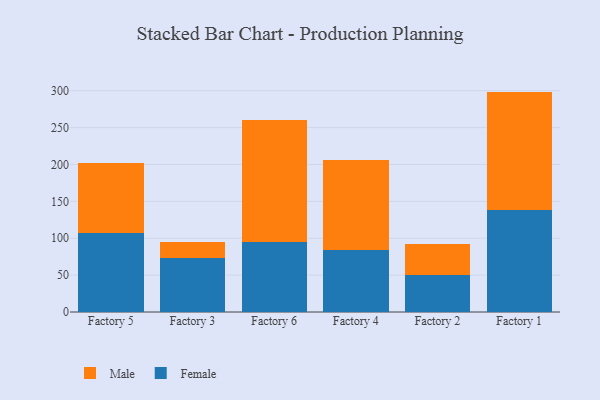
{"axis": {"x": "Factory", "y": "Backlog"}, "legend": ["Female", "Male"], "data": [{"x": "Factory 5", "y": 106.5, "type": "Female"}, {"x": "Factory 5", "y": 95.7, "type": "Male"}, {"x": "Factory 3", "y": 72.9, "type": "Female"}, {"x": "Factory 3", "y": 21.4, "type": "Male"}, {"x": "Factory 6", "y": 94.9, "type": "Female"}, {"x": "Factory 6", "y": 165.5, "type": "Male"}, {"x": "Factory 4", "y": 84.4, "type": "Female"}, {"x": "Factory 4", "y": 122.0, "type": "Male"}, {"x": "Factory 2", "y": 49.5, "type": "Female"}, {"x": "Factory 2", "y": 42.1, "type": "Male"}, {"x": "Factory 1", "y": 138.7, "type": "Female"}, {"x": "Factory 1", "y": 160.1, "type": "Male"}]}